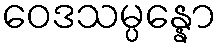
ဝေဒသမ္ပန္နော